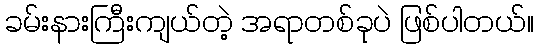
ခမ်းနားကြီးကျယ်တဲ့ အရာတစ်ခုပဲ ဖြစ်ပါတယ်။